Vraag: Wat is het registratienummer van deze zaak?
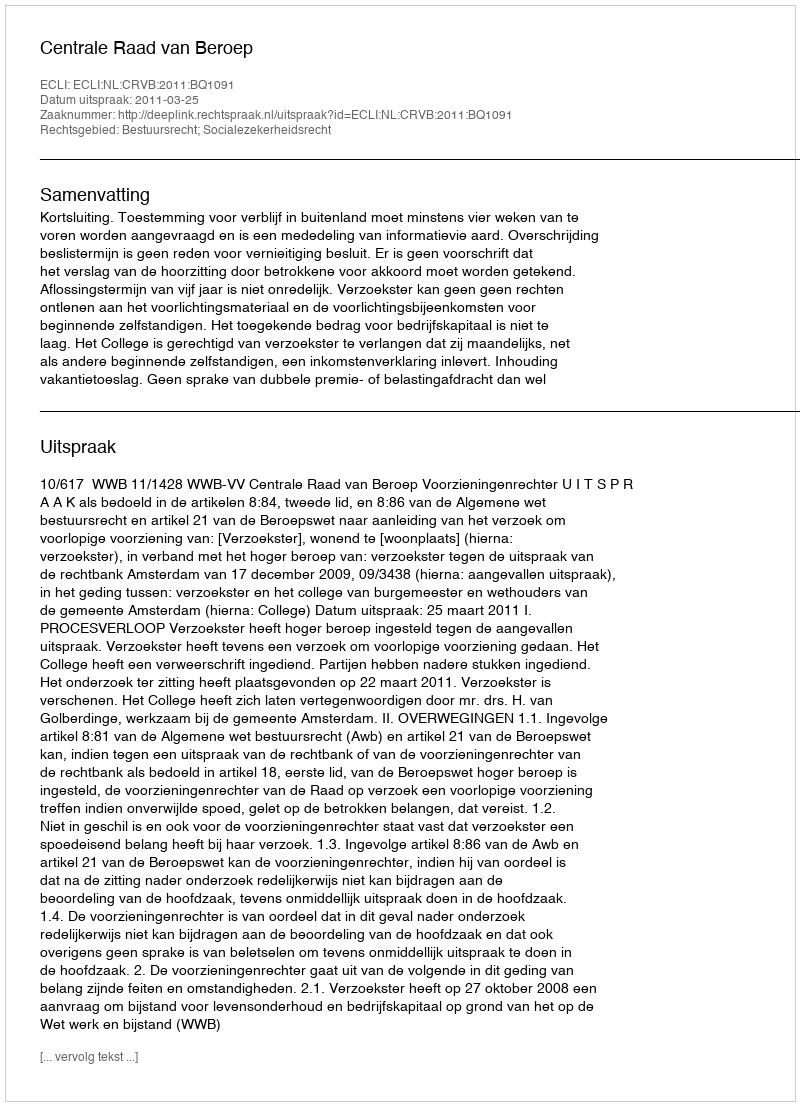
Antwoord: http://deeplink.rechtspraak.nl/uitspraak?id=ECLI:NL:CRVB:2011:BQ1091